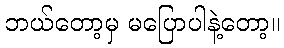
ဘယ်တော့မှ မပြောပါနဲ့တော့။